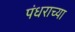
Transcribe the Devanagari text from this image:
पंधराच्या